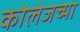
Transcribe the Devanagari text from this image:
कोलेजच्या